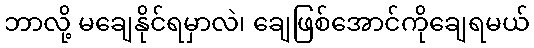
ဘာလို့ မချေနိုင်ရမှာလဲ၊ ချေဖြစ်အောင်ကိုချေရမယ်